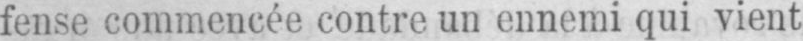
fense commencée contre un ennemi qui vient